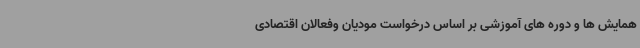
همایش ها و دوره های آموزشی بر اساس درخواست مودیان وفعالان اقتصادی